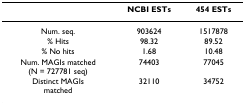
|  | NCBI ESTs | 454 ESTs |
 | --- | --- | --- |
 | Num. seq. | 903624 | 1517878 |
 | % Hits | 98.32 | 89.52 |
 | % No hits | 1.68 | 10.48 |
 | Num. MAGIs matched(N = 727781 seq) | 74403 | 77045 |
 | Distinct MAGIsmatched | 32110 | 34752 |